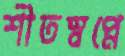
শীতস্বপ্নে